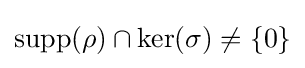
{\text{supp}}(\rho )\cap {\text{ker}}(\sigma )\neq \{0\}